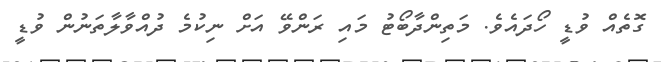
ގޮތެއް ވުޑީ ހޯދައެވެ. މަތިންދާބޯޓު މައި ރަންވޭ އަށް ނިކުމެ ދުއްވާލާތަނުން ވުޑީ